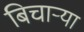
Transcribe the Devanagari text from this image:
बिचार्‍या